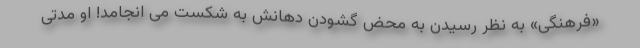
«فرهنگی» به نظر رسیدن به محض گشودن دهانش به شکست می انجامد! او مدتی